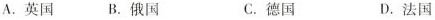
A.英国B.俄国 C.德国 D.法国